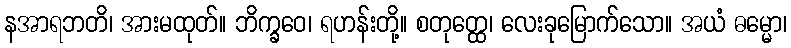
နအာရဘတိ၊ အားမထုတ်။ ဘိက္ခဝေ၊ ရဟန်းတို့။ စတုတ္ထေ၊ လေးခုမြောက်သော။ အယံ ဓမ္မော၊